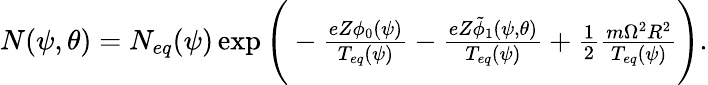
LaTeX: \begin{array}{r}{N(\psi,\theta)=N_{eq}(\psi)\exp{\Bigg(-\frac{eZ\phi_{0}(\psi)}{T_{eq}(\psi)}-\frac{eZ\tilde{\phi}_{1}(\psi,\theta)}{T_{eq}(\psi)}+\frac{1}{2}\frac{m\Omega^{2}R^{2}}{T_{eq}(\psi)}\Bigg)}.}\end{array}